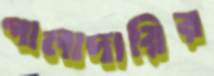
গালাদারির